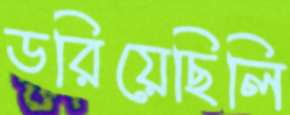
ডরিয়েছিলি